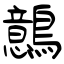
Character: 鷾